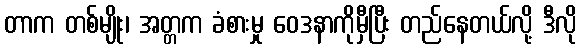
တာက တစ်မျိုး၊ အတ္တက ခံစားမှု ဝေဒနာကိုမှီပြီး တည်နေတယ်လို့ ဒီလို